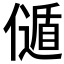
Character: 𠎻